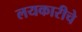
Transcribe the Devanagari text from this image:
लयकारीचे